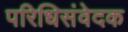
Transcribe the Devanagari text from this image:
परिधिसंवेदक